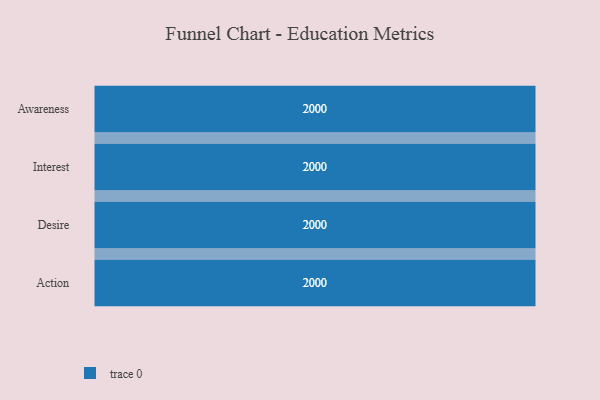
{"axis": {"x": "Stage", "y": "Value"}, "legend": [""], "data": [{"x": "Awareness", "y": 2000, "type": ""}, {"x": "Interest", "y": 2000, "type": ""}, {"x": "Desire", "y": 2000, "type": ""}, {"x": "Action", "y": 2000, "type": ""}]}